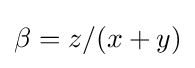
\beta =z/(x+y)